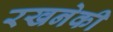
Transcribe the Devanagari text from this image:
रखनेकी